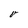
Character: v